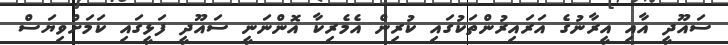
ސައޫދީ އާއި އީރާނުގެ އަރައިރުންތަކުގައި ކުރިން އެމެރިކާ އޮންނަނީ ސައޫދީ ފަޅީގައި ކަމަށްވިޔަސް